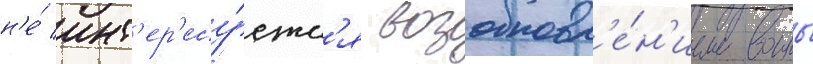
н'е́ инт'ер'есу́етс'я возобновл'е́н'ием воины